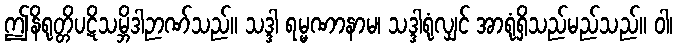
ဤနိရုတ္တိပဋိသမ္ဘိဒါဉာဏ်သည်။ သဒ္ဒါ ရမ္မဏာနာမ၊ သဒ္ဒါရုံလျှင် အာရုံရှိသည်မည်သည်။ ဝါ၊